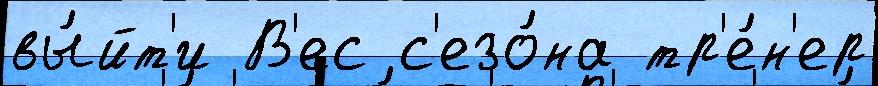
вы́йт'и В'ес с'езо́на тр'е́н'ер